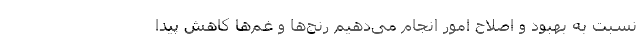
نسبت به بهبود و اصلاح امور انجام می‌دهیم رنج‌ها و غم‌ها کاهش پیدا